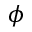
\phi